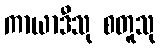
ကာယာဒီသု စတူသု